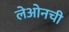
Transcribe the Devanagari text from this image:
लेओनची